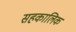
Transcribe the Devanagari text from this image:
सहकालिक